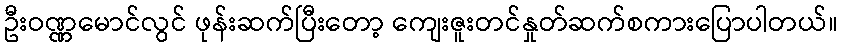
ဦးဝဏ္ဏမောင်လွင် ဖုန်းဆက်ပြီးတော့ ကျေးဇူးတင်နှုတ်ဆက်စကားပြောပါတယ်။